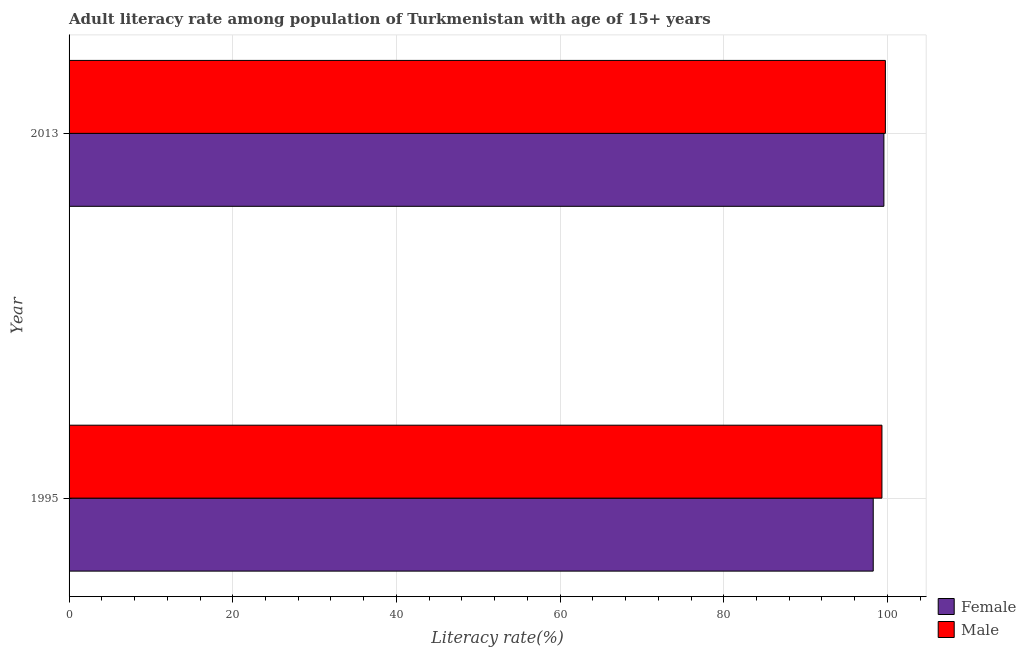
| Year | Female | Male |
 | --- | --- | --- |
 | 1995 | 98.3 | 99.3 |
 | 2013 | 99.6 | 99.7 |